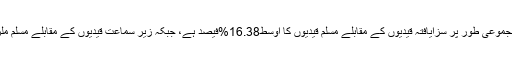
این سی آر بی کے ڈاٹا کے مطابق مجموعی طور پر سزایافتہ قیدیوں کے مقابلے مسلم قیدیوں کا اوسط16.38%فیصد ہے، جبکہ زیر سماعت قیدیوں کے مقابلے مسلم ملزمان کا تناسب21.05%فیصد ہے۔